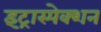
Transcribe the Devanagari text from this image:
इंट्रास्पेक्शन